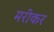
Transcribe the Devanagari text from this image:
मरीकर